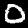
Digit: 0